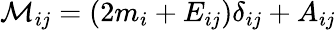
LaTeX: \mathcal{M}_{ij}=(2m_{i}+E_{ij})\delta_{ij}+A_{ij}